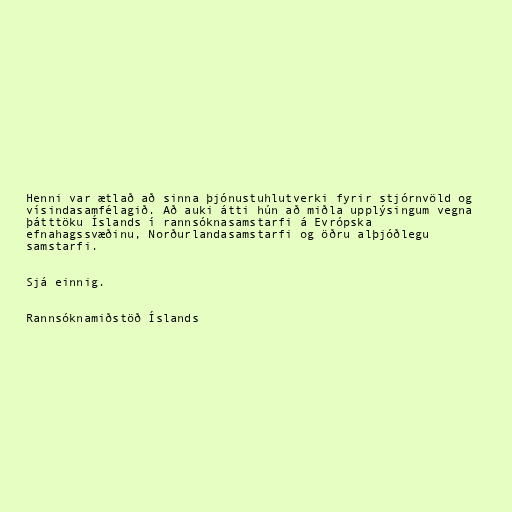
Henni var ætlað að sinna þjónustuhlutverki fyrir stjórnvöld og
vísindasamfélagið. Að auki átti hún að miðla upplýsingum vegna
þátttöku Íslands í rannsóknasamstarfi á Evrópska
efnahagssvæðinu, Norðurlandasamstarfi og öðru alþjóðlegu
samstarfi.

Sjá einnig.

Rannsóknamiðstöð Íslands